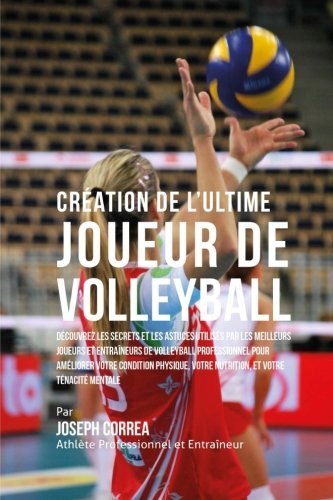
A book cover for Creation de l'Ultime Joueur de Volleyball: Decouvrez les secrets et les astuces utilises par les meilleurs joueurs et entraineurs de volleyball ... et votre Tenacite Mentale (French Edition); Joseph Correa (Athlete Professionnel et Entraineur); Sports & Outdoors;